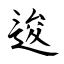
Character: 逡